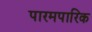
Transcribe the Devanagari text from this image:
पारमपारिक